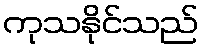
ကုသနိုင်သည်